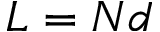
L = N d